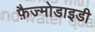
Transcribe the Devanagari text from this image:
फ़ैज्मोडाइडी